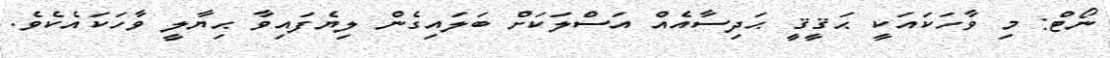
ނޯޓް: މި ވާހަކައަކީ ޙަޤީޤީ ޙަދިސާއެއް އަސްލަކަށް ބަލައިގެން ލިޔެފައިވާ ޙިޔާލީ ވާހަކައެކެވެ.